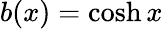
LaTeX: b(x)=\cosh x